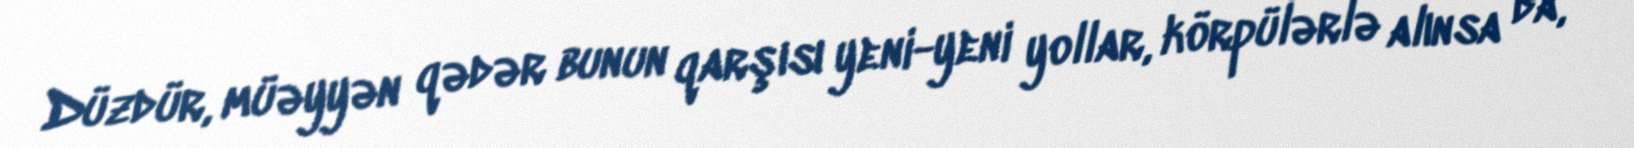
Düzdür, müəyyən qədər bunun qarşısı yeni-yeni yollar, körpülərlə alınsa da,